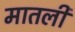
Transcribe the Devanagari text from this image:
मातली